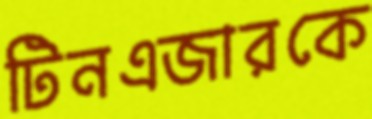
টিনএজারকে